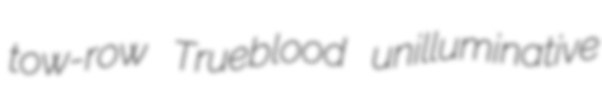
tow-row Trueblood unilluminative